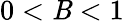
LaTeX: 0<\mathit{B}<1